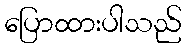
ပြောထားပါသည်